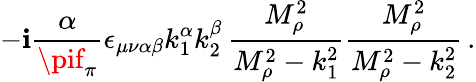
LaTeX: -\mathbf{i}\frac{{\alpha}}{{\pif_{\pi}}}\epsilon_{\mu\nu\alpha\beta}k_{1}^{\alpha}k_{2}^{\beta}\, \frac{{M_{\rho}^{2}}}{{M_{\rho}^{2}-k_{1}^{2}}}\frac{{M_{\rho}^{2}}}{{M_{\rho}^{2}-k_{2}^{2}}}\, .